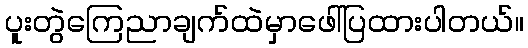
ပူးတွဲကြေညာချက်ထဲမှာဖေါ်ပြထားပါတယ်။